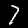
Digit: 7